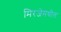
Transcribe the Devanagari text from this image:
मिरजेमधील